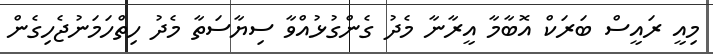
މިއީ ރައީސް ބަރަކް އޮބާމާ އީރާނާ މެދު ގެންގުޅުއްވާ ސިޔާސަތާ މެދު ހިތްހަމަނުޖެހިގެން